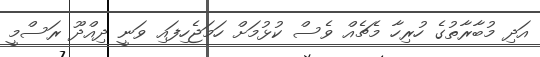
އަދި މުބާރާތުގެ ހުރިހާ މެޗެއް ވެސް ކުޅުމަށް ހަމަޖެހިފައި ވަނީ ދިއްދޫ ރަސްމީ